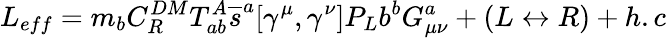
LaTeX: L_{eff}=m_{b}C_{R}^{DM}T_{ab}^{A}\overline{{{s}}}^{a}[\gamma^{\mu},\gamma^{\nu}]P_{L}b^{b}G_{\mu\nu}^{a}+(L\leftrightarrow R)+h.c